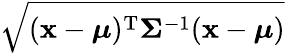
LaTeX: \sqrt{({\mathbf{x}}-{\boldsymbol{\mu}})^{\mathrm{T}}{\boldsymbol{\Sigma}}^{-1}({\mathbf{x}}-{\boldsymbol{\mu}})}